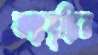
শুল্কবৃদ্ধির